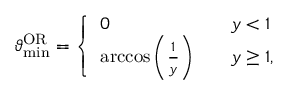
\vartheta _ { \mathrm { m i n } } ^ { \mathrm { O R } } = \left\{ \begin{array} { l l } { 0 } & { \quad y < 1 } \\ { \operatorname { a r c c o s } \left( \frac { 1 } { y } \right) } & { \quad y \geq 1 , } \end{array} \right.